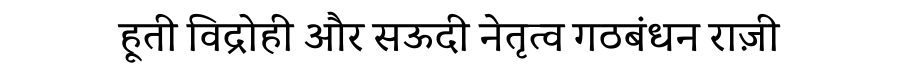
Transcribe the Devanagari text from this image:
हूती विद्रोही और सऊदी नेतृत्व गठबंधन राज़ी